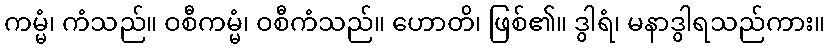
ကမ္မံ၊ ကံသည်။ ဝစီကမ္မံ၊ ဝစီကံသည်။ ဟောတိ၊ ဖြစ်၏။ ဒွါရံ၊ မနာဒွါရသည်ကား။